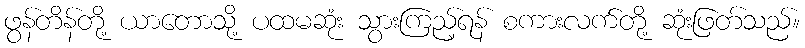
ဖွန်တိန်တို့ ယာတောသို့ ပထမဆုံး သွားကြည့်ရန် စကားလက်တို့ ဆုံးဖြတ်သည်။